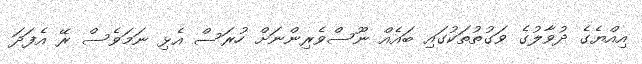
އިއްޔެގެ ދުވާލުގެ ވަގުތުތަކުގައި ބައެއް ނޫސްވެރިންނަށް ހުރަސް އެޅި ނަމަވެސް ރޭ އެފަދަ